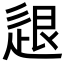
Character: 𨒼